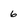
Character: 6